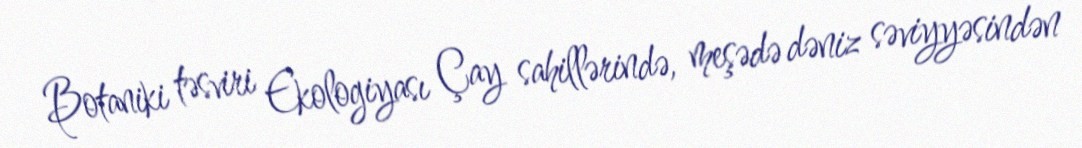
Botaniki təsviri Ekologiyası Çay sahillərində, meşədə dəniz səviyyəsindən